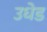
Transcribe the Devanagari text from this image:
उधेड